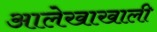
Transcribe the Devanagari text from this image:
आलेखाखाली